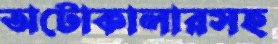
অটোকালারসহ